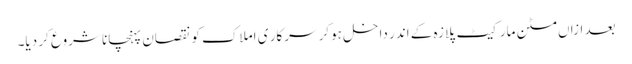
بعد ازاں مٹن مارکیٹ پلازہ کے اندر داخل ہوکر سرکار ی املاک کو نقصان پہنچانا شروع کر دیا۔